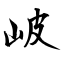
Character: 岥